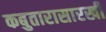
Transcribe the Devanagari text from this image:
कबुतारासारखी